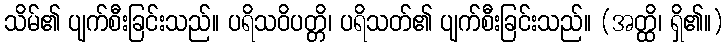
သိမ်၏ ပျက်စီးခြင်းသည်။ ပရိသဝိပတ္တိ၊ ပရိသတ်၏ ပျက်စီးခြင်းသည်။ (အတ္ထိ၊ ရှိ၏။)